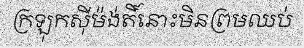
ក្រឡុកស៊ីម៉ង់តិ៍នោះមិនព្រមឈប់